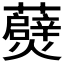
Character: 𭶧